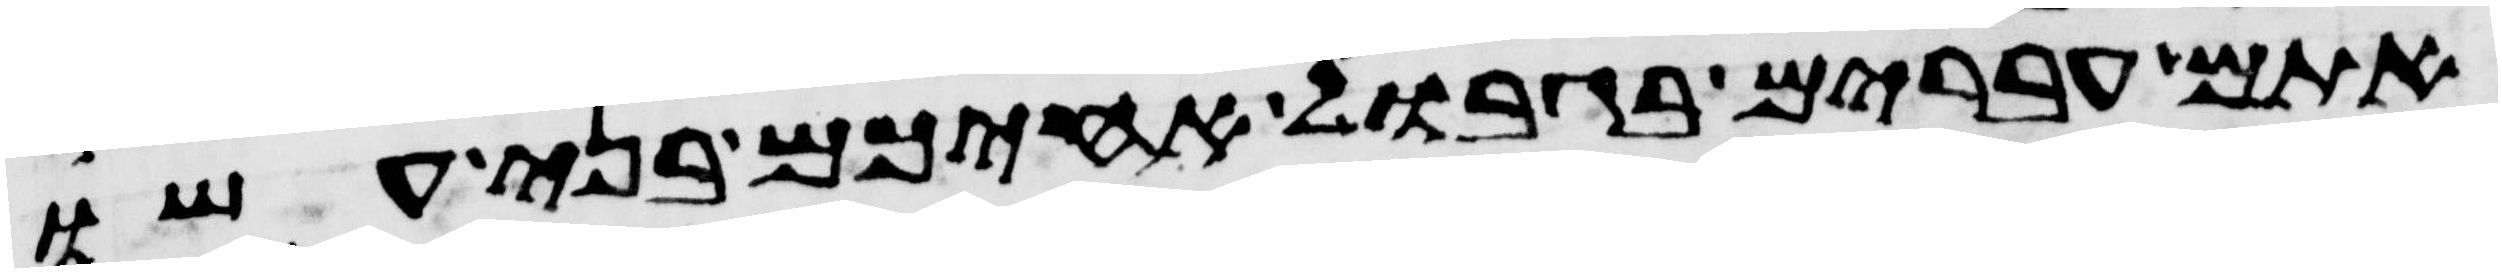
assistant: אתם עברים בגבול אחיכם בני עשו